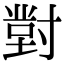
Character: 𭔾